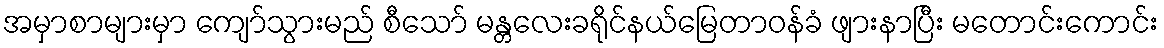
အမှာစာများမှာ ကျော်သွားမည် စီသော် မန္တလေးခရိုင်နယ်မြေတာဝန်ခံ ဖျားနာပြီး မတောင်းကောင်း